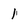
Character: 1